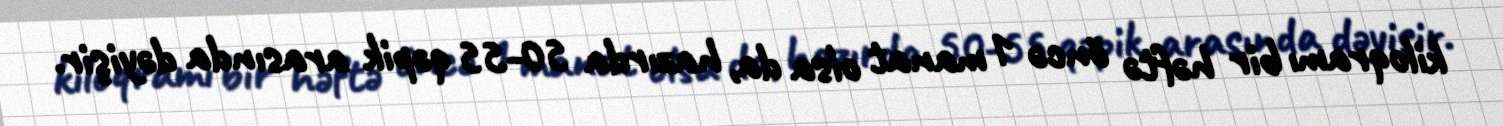
kiloqramı bir həftə öncə 1 manat olsa da, hazırda 50-55 qəpik arasında dəyişir.